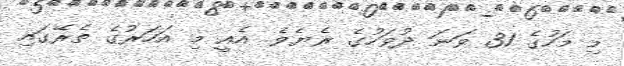
މި މަހުގެ 31 ވަނަ ދުވަހުގެ ރެޔެވެ. އެއީ މި އަހަރުގެ ތެރޭގައި